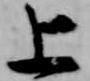
上